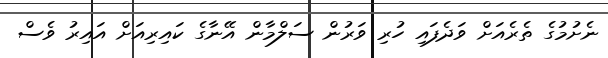
ނެށުމުގެ ތެރެއަށް ވަދެފައި ހުރި ވަރުން ސަލްމާން އޭނާގެ ކައިރިއަށް އައިރު ވެސް